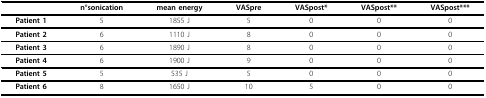
|  | n°sonication | mean energy | VASpre | VASpost* | VASpost** | VASpost*** |
 | --- | --- | --- | --- | --- | --- | --- |
 | Patient 1 | 5 | 1855 J | 5 | 0 | 0 | 0 |
 | Patient 2 | 6 | 1110 J | 8 | 0 | 0 | 0 |
 | Patient 3 | 6 | 1890 J | 8 | 0 | 0 | 0 |
 | Patient 4 | 6 | 1900 J | 9 | 0 | 0 | 0 |
 | Patient 5 | 5 | 535 J | 5 | 0 | 0 | 0 |
 | Patient 6 | 8 | 1650 J | 10 | 5 | 0 | 0 |